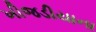
ખીજડીયાના